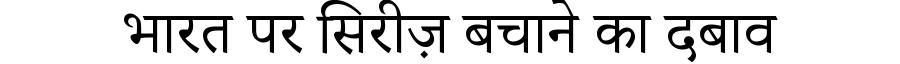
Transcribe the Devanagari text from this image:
भारत पर सिरीज़ बचाने का दबाव